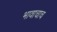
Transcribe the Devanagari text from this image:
भावाचाच